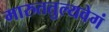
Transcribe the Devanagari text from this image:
मारुततुल्यवेगं